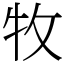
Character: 牧